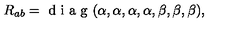
{ R _ { a b } = \textrm { d i a g } ( \alpha , \alpha , \alpha , \alpha , \beta , \beta , \beta ) , }